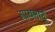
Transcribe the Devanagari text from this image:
गायनाचं